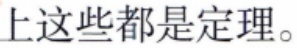
上这些都是定理。